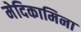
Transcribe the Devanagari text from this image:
मेदिकामिना